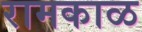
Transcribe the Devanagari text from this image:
रामकाळ